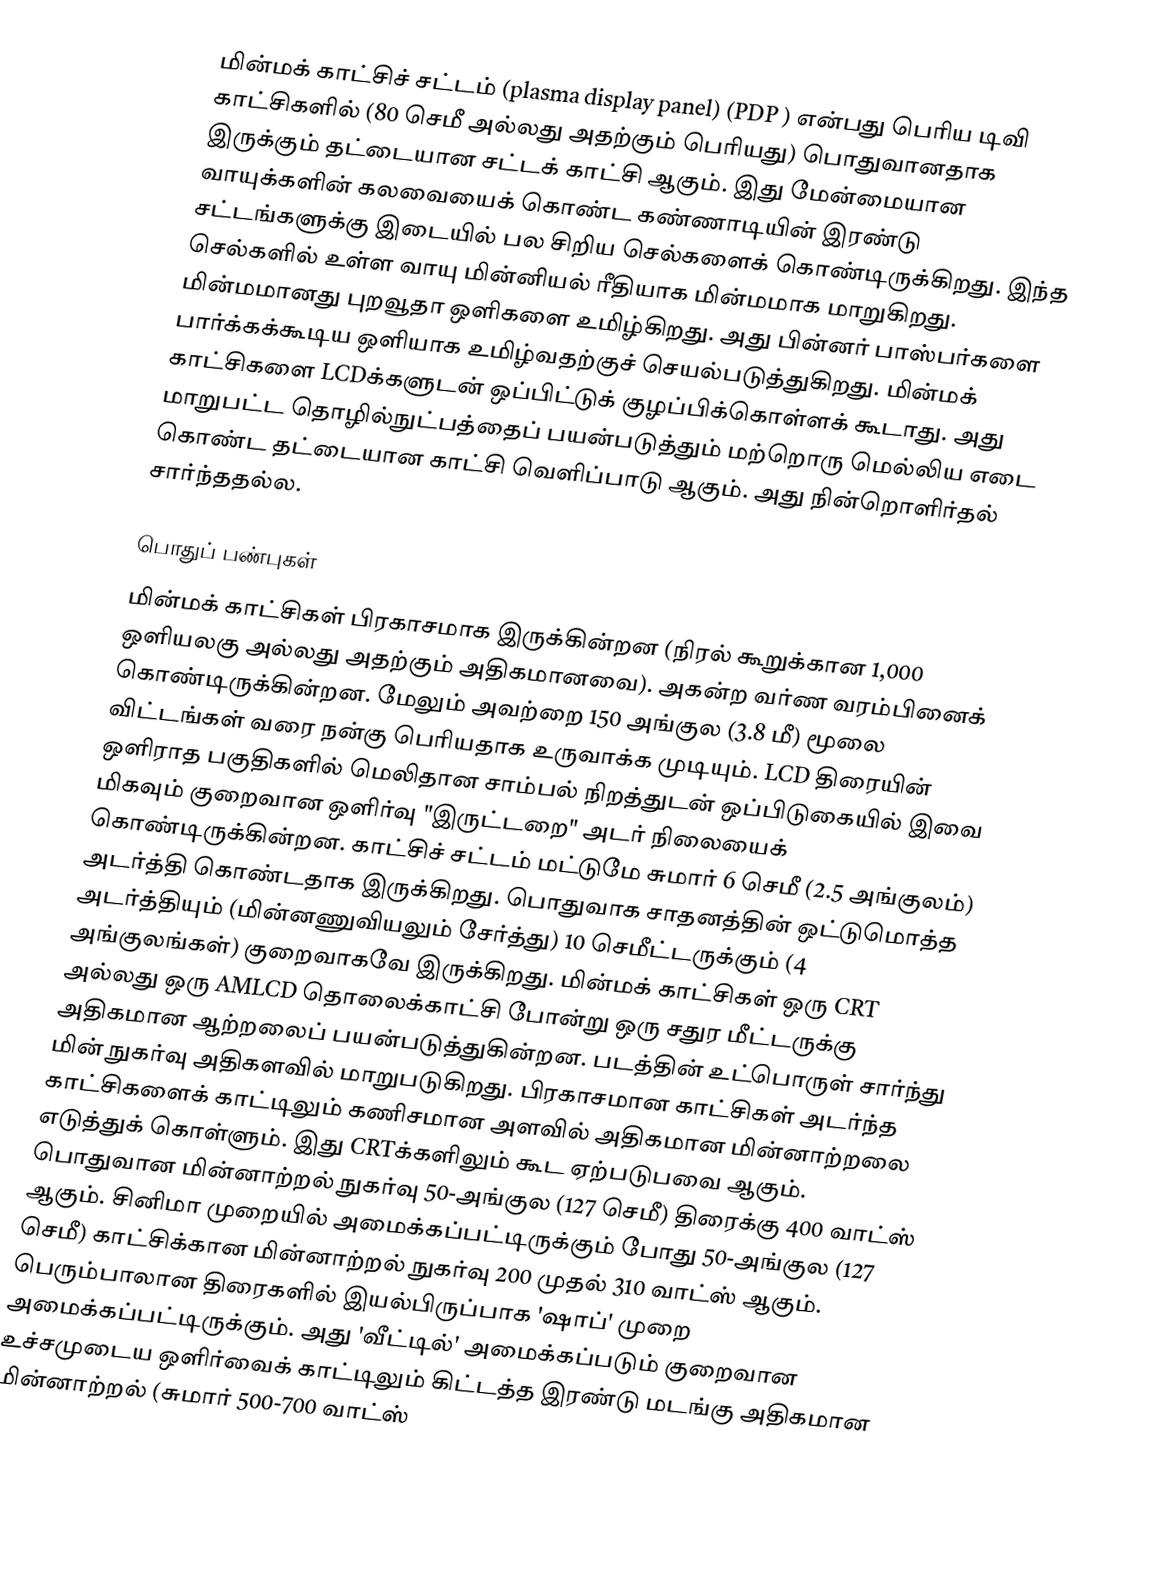
மின்மக் காட்சிச் சட்டம்  (plasma display panel) (PDP ) என்பது பெரிய டிவி காட்சிகளில் (80 செமீ அல்லது அதற்கும் பெரியது) பொதுவானதாக இருக்கும் தட்டையான சட்டக் காட்சி ஆகும். இது மேன்மையான வாயுக்களின் கலவையைக் கொண்ட கண்ணாடியின் இரண்டு சட்டங்களுக்கு இடையில் பல சிறிய செல்களைக் கொண்டிருக்கிறது. இந்த செல்களில் உள்ள வாயு மின்னியல் ரீதியாக மின்மமாக மாறுகிறது. மின்மமானது புறவூதா ஒளிகளை உமிழ்கிறது. அது பின்னர் பாஸ்பர்களை பார்க்கக்கூடிய ஒளியாக உமிழ்வதற்குச் செயல்படுத்துகிறது. மின்மக் காட்சிகளை LCDக்களுடன் ஒப்பிட்டுக் குழப்பிக்கொள்ளக் கூடாது. அது மாறுபட்ட தொழில்நுட்பத்தைப் பயன்படுத்தும் மற்றொரு மெல்லிய எடை கொண்ட தட்டையான காட்சி வெளிப்பாடு ஆகும். அது நின்றொளிர்தல் சார்ந்ததல்ல.

பொதுப் பண்புகள்
மின்மக் காட்சிகள் பிரகாசமாக இருக்கின்றன (நிரல் கூறுக்கான 1,000 ஒளியலகு அல்லது அதற்கும் அதிகமானவை). அகன்ற வர்ண வரம்பினைக் கொண்டிருக்கின்றன. மேலும் அவற்றை 150 அங்குல (3.8 மீ) மூலை விட்டங்கள் வரை நன்கு பெரியதாக உருவாக்க முடியும். LCD திரையின் ஒளிராத பகுதிகளில் மெலிதான சாம்பல் நிறத்துடன் ஒப்பிடுகையில் இவை மிகவும் குறைவான ஒளிர்வு "இருட்டறை" அடர் நிலையைக் கொண்டிருக்கின்றன. காட்சிச் சட்டம் மட்டுமே சுமார் 6 செமீ (2.5 அங்குலம்) அடர்த்தி கொண்டதாக இருக்கிறது. பொதுவாக சாதனத்தின் ஒட்டுமொத்த அடர்த்தியும் (மின்னணுவியலும் சேர்த்து) 10 செமீட்டருக்கும் (4 அங்குலங்கள்) குறைவாகவே இருக்கிறது. மின்மக் காட்சிகள் ஒரு CRT அல்லது ஒரு AMLCD தொலைக்காட்சி போன்று ஒரு சதுர மீட்டருக்கு அதிகமான ஆற்றலைப் பயன்படுத்துகின்றன. படத்தின் உட்பொருள் சார்ந்து மின் நுகர்வு அதிகளவில் மாறுபடுகிறது. பிரகாசமான காட்சிகள் அடர்ந்த காட்சிகளைக் காட்டிலும் கணிசமான அளவில் அதிகமான மின்னாற்றலை எடுத்துக் கொள்ளும். இது CRTக்களிலும் கூட ஏற்படுபவை ஆகும். பொதுவான மின்னாற்றல் நுகர்வு 50-அங்குல (127 செமீ) திரைக்கு 400 வாட்ஸ் ஆகும். சினிமா முறையில் அமைக்கப்பட்டிருக்கும் போது 50-அங்குல (127 செமீ) காட்சிக்கான மின்னாற்றல் நுகர்வு 200 முதல் 310 வாட்ஸ் ஆகும். பெரும்பாலான திரைகளில் இயல்பிருப்பாக 'ஷாப்' முறை அமைக்கப்பட்டிருக்கும். அது 'வீட்டில்' அமைக்கப்படும் குறைவான உச்சமுடைய ஒளிர்வைக் காட்டிலும் கிட்டத்த இரண்டு மடங்கு அதிகமான மின்னாற்றல் (சுமார் 500-700 வாட்ஸ்